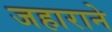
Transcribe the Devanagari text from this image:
जहाराने